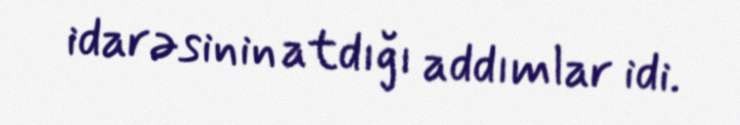
idarəsinin atdığı addımlar idi.